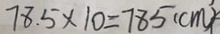
7 8 . 5 \times 1 0 = 7 8 5 ( c m )